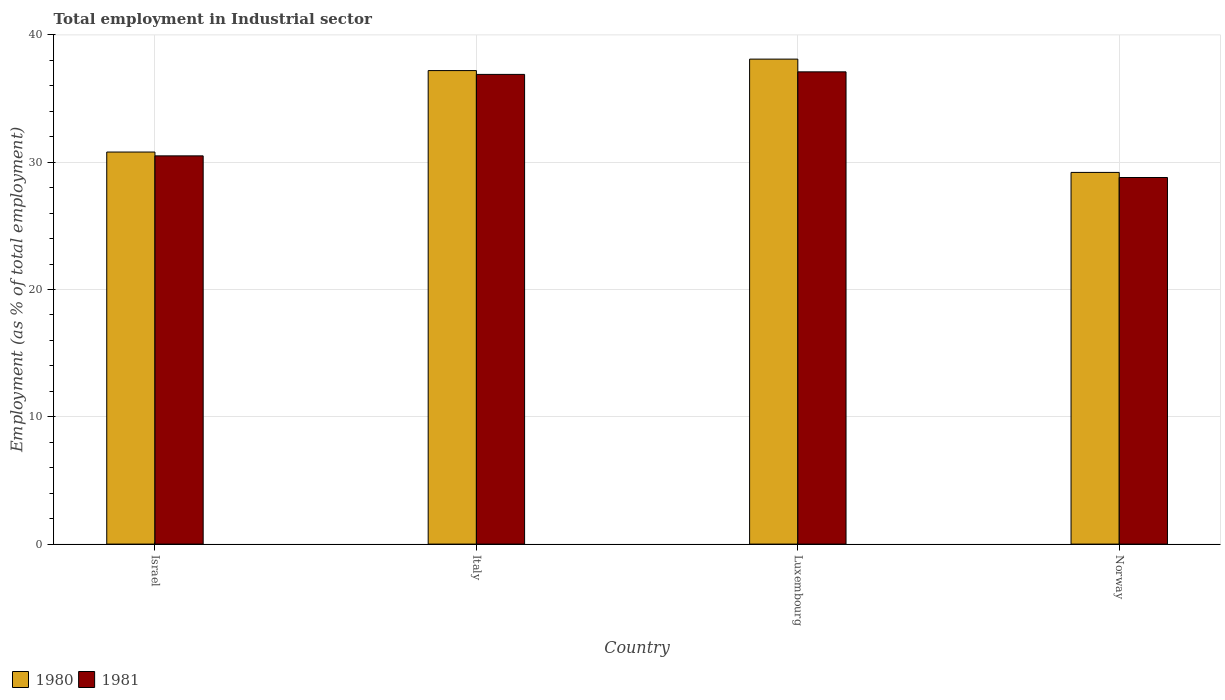
| Country | 1980 | 1981 |
 | --- | --- | --- |
 | Israel | 30.8 | 30.5 |
 | Italy | 37.2 | 36.9 |
 | Luxembourg | 38.1 | 37.1 |
 | Norway | 29.2 | 28.8 |